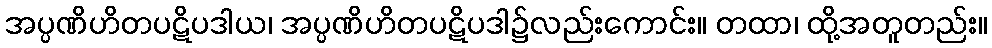
အပ္ပဏိဟိတပဋိပဒါယ၊ အပ္ပဏိဟိတပဋိပဒါ၌လည်းကောင်း။ တထာ၊ ထို့အတူတည်း။